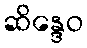
ဆိန္ဒေဝ